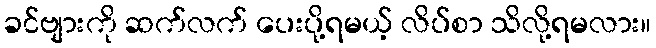
ခင်ဗျားကို ဆက်လက် ပေးပို့ရမယ့် လိပ်စာ သိလို့ရမလား။